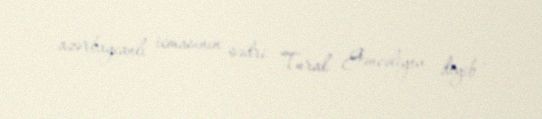
azərbaycanlı icmasının sədri Tural Gəncəliyev deyib .